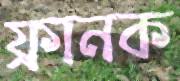
ফ্রানক